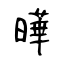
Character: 曄